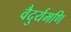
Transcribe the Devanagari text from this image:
वैदुर्यमणि